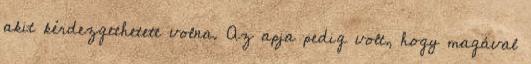
akit kérdezgethetett volna. Az apja pedig volt, hogy magával